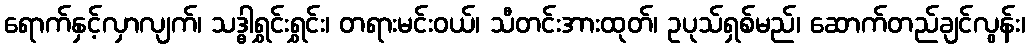
ရောက်နှင့်လှာလျက်၊ သဒ္ဓါရွှင်းရွှင်း၊ တရားမင်းဝယ်၊ သီတင်းအားထုတ်၊ ဥပုသ်ရှစ်မည်၊ ဆောက်တည်ချင်လွန်း၊